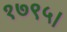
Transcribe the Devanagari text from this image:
१७९५।